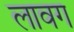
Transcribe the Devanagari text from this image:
लावग